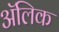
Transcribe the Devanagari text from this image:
अॅलिक